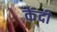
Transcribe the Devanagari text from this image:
केंदी